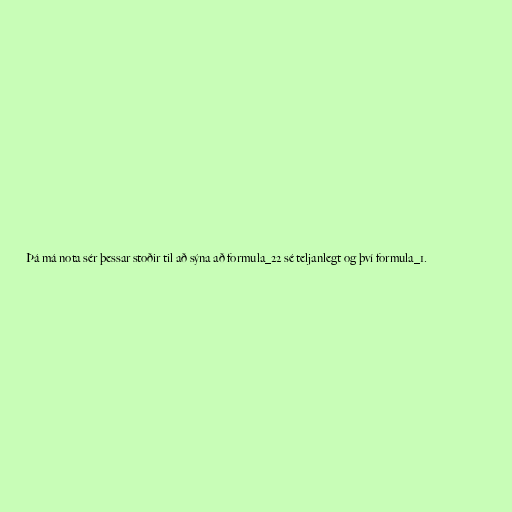
Þá má nota sér þessar stoðir til að sýna að formula_22 sé teljanlegt og því formula_1.